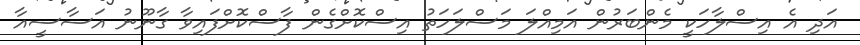
އަދި އެ އިސްލާހަކީ މެންބަރުން އަމިއްލަ މަސްލަހަތު އިސްކޮށްގެން ފާސްކޮށްފައިވާ ގާނޫނު އަސާސީއާ